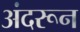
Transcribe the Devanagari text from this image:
अंदरून